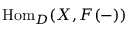
{ \mathrm { H o m } } _ { D } ( X , F ( - ) )